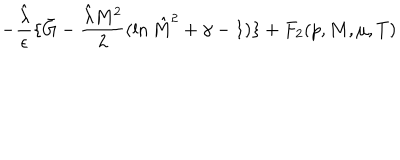
- { \frac { \hat { \lambda } } { \epsilon } } \{ \bar { G } - { \frac { { \hat { \lambda } } M ^ { 2 } } { 2 } } ( \ln { \hat { M } } ^ { 2 } + \gamma - 1 ) \} + F _ { 2 } { ( p , M , \mu , T ) }